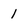
Character: 1